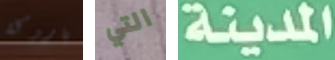
باروكة التي المدينة